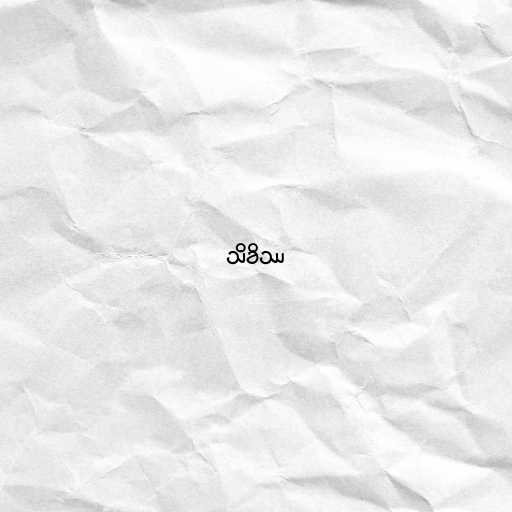
သိခိဿ